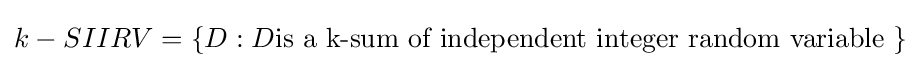
\textstyle k-SIIRV=\{D:D{\text{is a k-sum of independent integer random variable }}\}